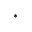
{ ^ * }